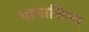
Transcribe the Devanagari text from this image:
भाषाशिल्प